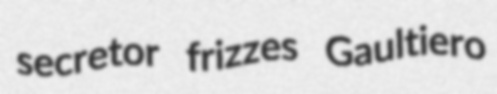
secretor frizzes Gaultiero